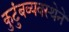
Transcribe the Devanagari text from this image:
कुटुंबव्यवस्थेने